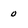
Character: 0